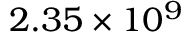
2 . 3 5 \times 1 0 ^ { 9 }